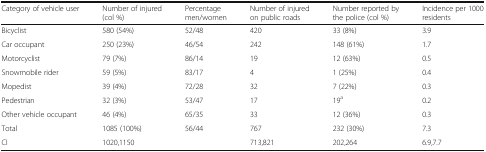
| Category of vehicle user | Number of injured (col %) | Percentage men/women | Number of injured on public roads | Number reported by the police (col %) | Incidence per 1000 residents |
 | --- | --- | --- | --- | --- | --- |
 | Bicyclist | 580 (54%) | 52/48 | 420 | 33 (8%) | 3.9 |
 | Car occupant | 250 (23%) | 46/54 | 242 | 148 (61%) | 1.7 |
 | Motorcyclist | 79 (7%) | 86/14 | 19 | 12 (63%) | 0.5 |
 | Snowmobile rider | 59 (5%) | 83/17 | 4 | 1 (25%) | 0.4 |
 | Mopedist | 39 (4%) | 72/28 | 32 | 7 (22%) | 0.3 |
 | Pedestrian | 32 (3%) | 53/47 | 17 | 19a | 0.2 |
 | Other vehicle occupant | 46 (4%) | 65/35 | 33 | 12 (36%) | 0.3 |
 | Total | 1085 (100%) | 56/44 | 767 | 232 (30%) | 7.3 |
 | CI | 1020,1150 |  | 713,821 | 202,264 | 6.9,7.7 |